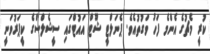
ކުރީ މެޗުގެ އެންމެ ފަހު ވަގުތުއެވެ. ޕެނަލްޓީ ޝޫޓް އައުޓްގައި ސީޝެލްސްގެ ކީޕަރުވަނީ